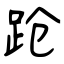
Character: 跄